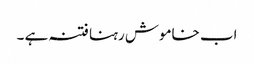
اب خاموش رہنا فتنہ ہے ۔